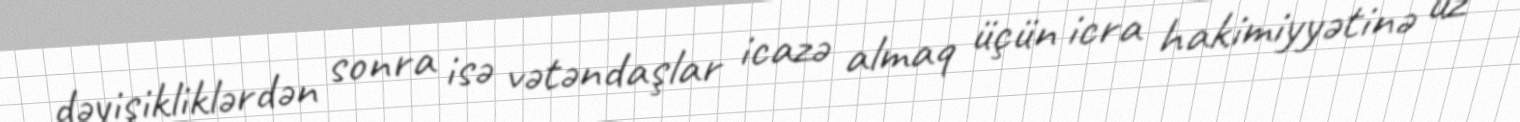
dəyişikliklərdən sonra isə vətəndaşlar icazə almaq üçün icra hakimiyyətinə üz